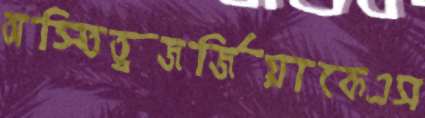
অস্তিত্বজর্জিয়াকেএস